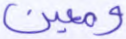
ومعين